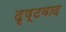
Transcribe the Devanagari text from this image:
दृष्टवाद